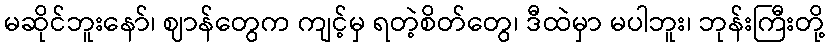
မဆိုင်ဘူးနော်၊ ဈာန်တွေက ကျင့်မှ ရတဲ့စိတ်တွေ၊ ဒီထဲမှာ မပါဘူး၊ ဘုန်းကြီးတို့